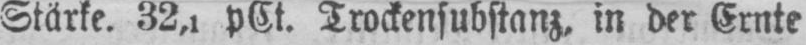
Stärke. 32,1 pCt. Trockensubstanz, in der Ernte